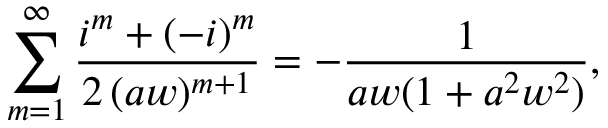
\sum _ { m = 1 } ^ { \infty } \frac { i ^ { m } + ( - i ) ^ { m } } { 2 \, ( a w ) ^ { m + 1 } } = - \frac { 1 } { a w ( 1 + a ^ { 2 } w ^ { 2 } ) } ,